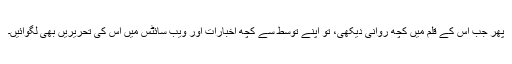
پھر جب اس کے قلم میں کچھ روانی دیکھی، تو اپنے توسط سے کچھ اخبارات اور ویب سائٹس میں اس کی تحریریں بھی لگوائیں۔